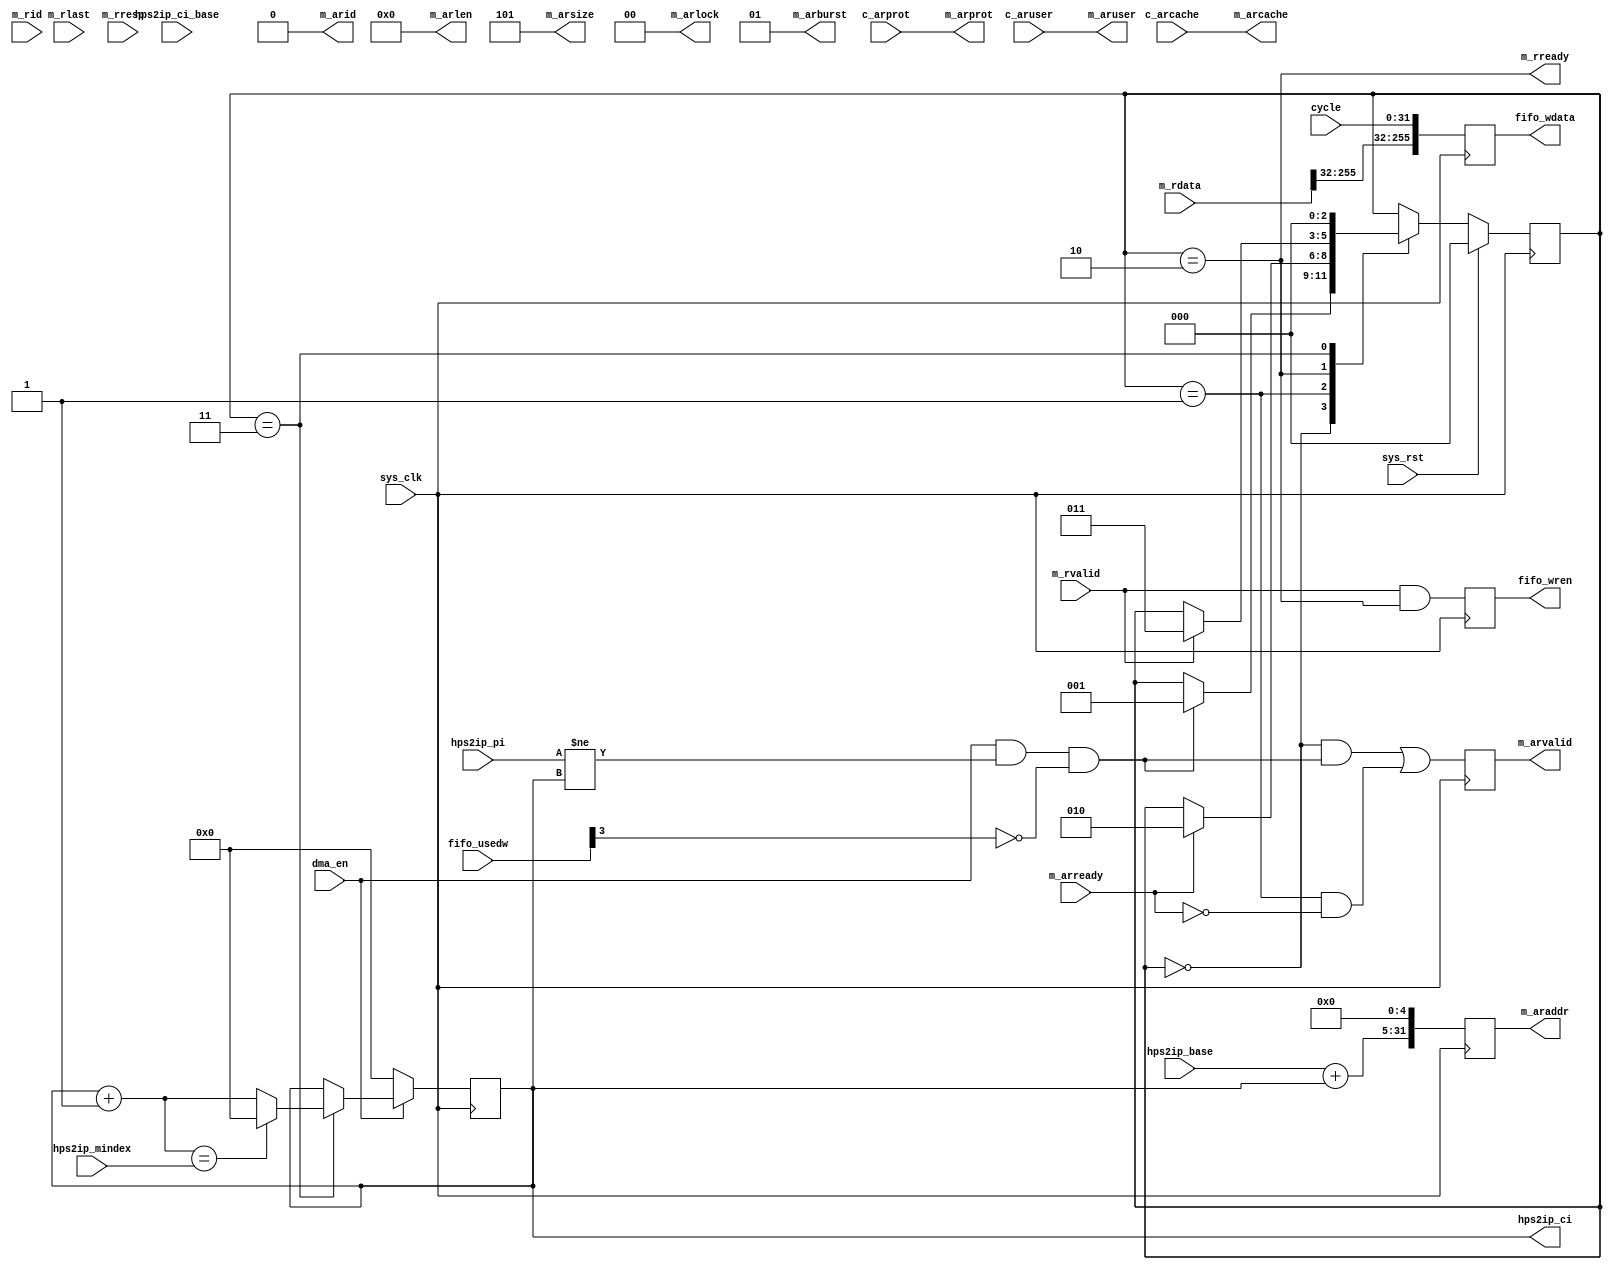
// hps2ip_dma.v --- 
// 
// Description: 
// Maintainer: 
// Version: 
// Last-Updated: 
//           By: 
//     Update #: 0
// URL: 
// Keywords: 
// Compatibility: 
// 
// 

// Commentary: 
// 
// 
// 
// 

// Change log:
// 
// 
// 

// -------------------------------------
// Naming Conventions:
// 	active low signals                 : "*_n"
// 	clock signals                      : "clk", "clk_div#", "clk_#x"
// 	reset signals                      : "rst", "rst_n"
// 	generics                           : "C_*"
// 	user defined types                 : "*_TYPE"
// 	state machine next state           : "*_ns"
// 	state machine current state        : "*_cs"
// 	combinatorial signals              : "*_com"
// 	pipelined or register delay signals: "*_d#"
// 	counter signals                    : "*cnt*"
// 	clock enable signals               : "*_ce"
// 	internal version of output port    : "*_i"
// 	device pins                        : "*_pin"
// 	ports                              : - Names begin with Uppercase
// Code:
module hps2ip_dma (/*AUTOARG*/
   // Outputs
   hps2ip_ci, fifo_wdata, fifo_wren, m_araddr, m_arid, m_arvalid,
   m_arlen, m_arsize, m_arburst, m_arlock, m_arcache, m_arprot,
   m_aruser, m_rready,
   // Inputs
   c_arcache, c_arprot, c_aruser, hps2ip_base, hps2ip_ci_base,
   hps2ip_mindex, hps2ip_pi, sys_clk, sys_rst, fifo_usedw, dma_en,
   cycle, m_arready, m_rvalid, m_rlast, m_rresp, m_rdata, m_rid
   );
   parameter ADDRESS_WIDTH = 32;
   parameter ID_WIDTH      = 1;
   parameter AXUSER_WIDTH  = 5;
   parameter DATA_WIDTH    = 256;

   input sys_clk;
   input sys_rst;

   output [255:0] fifo_wdata;
   output 	  fifo_wren;
   input [3:0] 	  fifo_usedw;

   /*AUTOINOUTCOMP("acp_avs", "hps2ip")*/
   // Beginning of automatic in/out/inouts (from specific module)
   output [15:0]	hps2ip_ci;
   input [31:5]		hps2ip_base;
   input [31:5]		hps2ip_ci_base;
   input [16:0]		hps2ip_mindex;
   input [15:0]		hps2ip_pi;
   // End of automatics

   /*AUTOINOUTCOMP("acp_avs", "c_ar")*/
   // Beginning of automatic in/out/inouts (from specific module)
   input [3:0]		c_arcache;
   input [2:0]		c_arprot;
   input [4:0]		c_aruser;
   // End of automatics

   input 		dma_en;
   input [31:0] 	cycle;

   output [ADDRESS_WIDTH-1:0] m_araddr;
   output [ID_WIDTH-1:0]      m_arid;
   output 		      m_arvalid;
   output [3:0] 	      m_arlen;
   output [2:0] 	      m_arsize;
   output [1:0] 	      m_arburst;
   output [1:0] 	      m_arlock;
   output [3:0] 	      m_arcache;
   output [2:0] 	      m_arprot;
   input 		      m_arready;
   output [AXUSER_WIDTH-1:0]  m_aruser;

   input 		      m_rvalid;
   input 		      m_rlast;
   input [1:0] 		      m_rresp;
   output 		      m_rready;
   input [DATA_WIDTH-1:0]     m_rdata;
   input [ID_WIDTH-1:0]       m_rid;

   /*AUTOREG*/
   // Beginning of automatic regs (for this module's undeclared outputs)
   reg [255:0]		fifo_wdata;
   reg			fifo_wren;
   reg [15:0]		hps2ip_ci;
   reg [ADDRESS_WIDTH-1:0] m_araddr;
   reg			m_arvalid;
   // End of automatics

   localparam [2:0] // synopsys enum state_info
     S_IDLE    = 3'h0,
     S_MSG_REQ = 3'h1,
     S_MSG_WAIT= 3'h2,
     S_CI_INCR = 3'h3;
   reg [2:0] // synopsys enum state_info
	     state, state_ns;
   always @(posedge sys_clk)
     begin
	if (sys_rst)
	  begin
	     state <= S_IDLE;
	  end
	else
	  begin
	     state <= state_ns;
	  end
     end // always @ (posedge sys_clk)
   wire req_ready;
   reg [15:0] next_ci;
   assign req_ready = dma_en && hps2ip_pi != hps2ip_ci && ~fifo_usedw[3];
   wire       req_done;
   wire       req_accept;
   always @(*)
     begin
	state_ns = state;
	case (state)
	  S_IDLE: if (req_ready)
	    begin
	       state_ns = S_MSG_REQ;
	    end
	  S_MSG_REQ: if (m_arready)
	    begin
	       state_ns = S_MSG_WAIT;
	    end
	  S_MSG_WAIT: if (m_rvalid)
	    begin
	       state_ns = S_CI_INCR;
	    end
	  S_CI_INCR:
	    begin
	       state_ns = S_IDLE;
	    end
	endcase
     end // always @ (*)
   always @(posedge sys_clk)
     begin
	fifo_wren <= m_rvalid && m_rready;
	fifo_wdata<= {m_rdata[255:32], cycle[31:0]};
     end
   always @(*)
   begin
      next_ci = hps2ip_ci + 1;
      if (next_ci == hps2ip_mindex)
	next_ci = 0;
   end
   always @(posedge sys_clk)
     begin
	if (~dma_en)
	  begin
	     hps2ip_ci <= 0;
	  end
	else if (state == S_CI_INCR)
	  begin
	     hps2ip_ci <= next_ci;
	  end
     end // always @ (posedge sys_clk)

   assign m_arlen   = 4'h0;	// 1 burst
   assign m_arsize  = 4'h5;	// 32byte in transfer
   assign m_arburst = 2'h1;	// INCR
   assign m_arlock  = 1'b0;	// no lock
   assign m_arcache = c_arcache;
   assign m_arprot  = c_arprot;
   assign m_aruser  = c_aruser;
   assign m_arid    = 0;
   assign m_rready  = state == S_MSG_WAIT;

   always @(posedge sys_clk)
     begin
	m_araddr <= {hps2ip_base + hps2ip_ci, 5'h0};
	m_arvalid<= (state == S_IDLE && req_ready) |
		    (state == S_MSG_REQ && ~m_arready);
     end
   /************************************************************************/
   /*AUTOASCIIENUM("state", "state_ascii", "S_")*/
   // Beginning of automatic ASCII enum decoding
   reg [63:0]		state_ascii;		// Decode of state
   always @(state) begin
      case ({state})
	S_IDLE:     state_ascii = "idle    ";
	S_MSG_REQ:  state_ascii = "msg_req ";
	S_MSG_WAIT: state_ascii = "msg_wait";
	S_CI_INCR:  state_ascii = "ci_incr ";
	default:    state_ascii = "%Error  ";
      endcase
   end
   // End of automatics
endmodule
//
// hps2ip_dma.v ends here